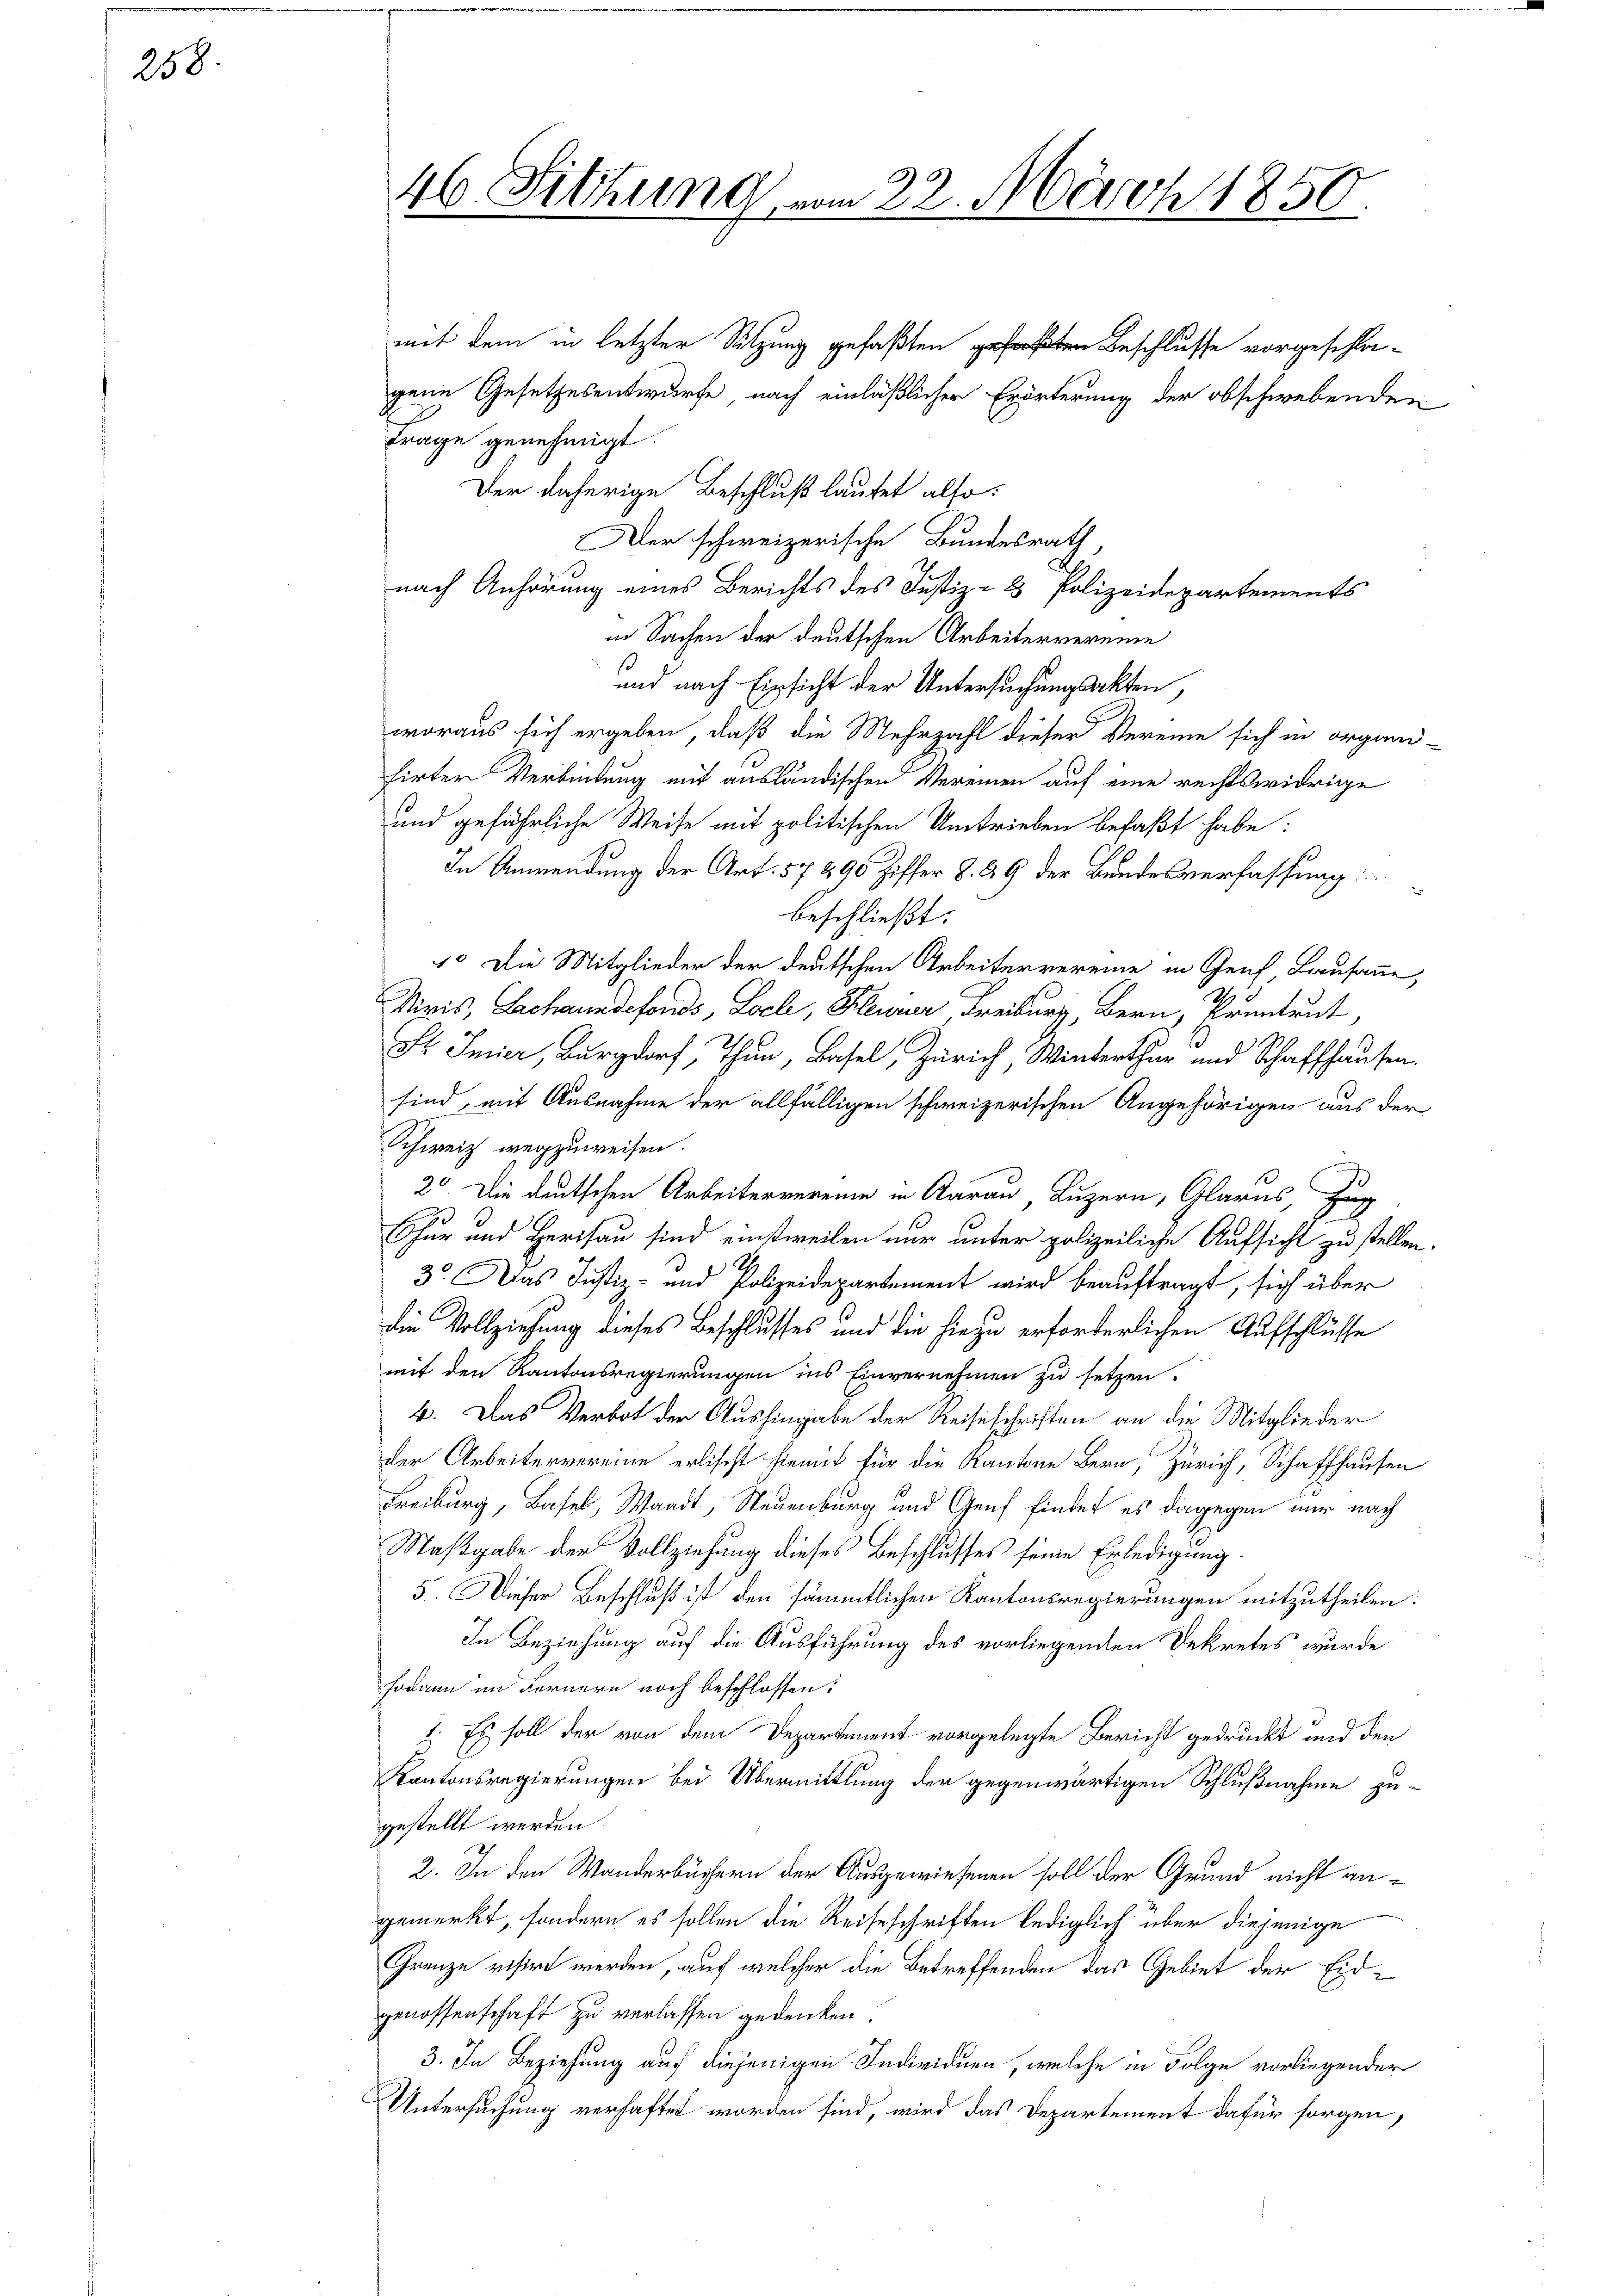
258.

mit dem in letzter Sitzung gefaßten gefaßten Beschlusse vorgeschla-
gene Gesetzesentwurfe, nach einläßlicher Erörterung der obschwebenden
Frage genehmigt.
Der daherige Beschluß lautet also,
Der schweizerische Bundesrath,
nach Anhörung eines Berichts des Justiz- & Polizeidepartements
in Sachen der deutschen Arbeitervereine
und nach Einsicht der Untersuchungsakten,
woraus sich ergeben, daß die Mehrzahl dieser Vereine sich in organi-
firter Verbindung mit ausländischen Vereinen auf eine rechtswidrige
und gefährliche Weise mit politischen Umtrieben befaßt habe:
In Anwendung der Art. 57 290 Ziffer §. 29 der Bundesverfassung
beschließt:
1. Die Mitglieder der deutschen Arbeitervereine in Genf, Lausanne,
.
Miris, Schanndefonds, Locle, Klenier Freiburg, Bern, Krentrut,
St Imier, Burgdorf, Thun, Basel, Zürich, Winterthur und Schaffhausen.
sind, mit Ausnahme der allfälligen schweizerischen Angehörigen aus der
Schweiz wegzuweisen.
20. Die deutschen Arbeitervereine in Aarau, Luzern, Glarus, Zug
Thur und Herisau sind einstweilen nur unter polizeiliche Aufsicht zu stellen.
3. Das Justiz- und Polizeidepartement wird beauftragt, sich über
die Vollziehung dieses Beschlusses und die hiezu erforderlichen Aufschlüsse
mit den Kantonsregierungen ins Einvernehmen zu setzen.
4. Das Verbot der Aushingabe der Reiseschriften an die Mitglieder
der Arbeitervereine erlischt hiemit für die Kantone Bern, Zürich, Schaffhausen
Freiburg, Basel, Waadt, Neuenburg und Genf findet es dagegen nur nach
Maßgabe der Vollziehung dieses Beschlusses seine Erledigung.
5. Dieser Beschluß ist den sämmtlichen Kantonsregierungen mitzutheilen:
In Beziehung auf die Ausführung des vorliegenden Dekretes wurde
sodann im Fernern noch beschlossen:
1. Es soll der von dem Departement vorgelegte Bericht gedruckt und den
Kantonsregierungen bei Übermittlung der gegenwärtigen Schlußnahme zu-
gestellt werden.
2. In den Wanderbüchern der Ausgewiesenen soll der Grund nicht angemerkt, sondern es sollen die Reiseschriften lediglich über diejenige
Grenze visirt werden, auf welcher die Betreffenden das Gebiet der Eidgenossenschaft zu verlassen gedenken.
3. In Beziehung auf diejenigen Individuen, welche in Folge vorliegender
Untersuchung verhaftet worden sind, wird das Departement dafür sorgen,

46. Sitzung vom 22. März 1850.